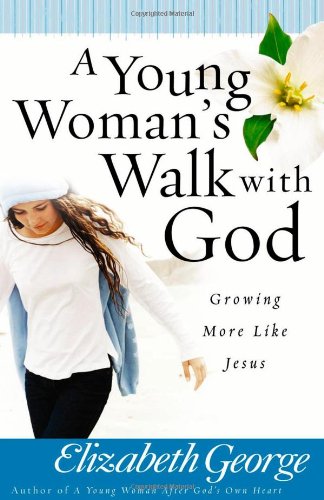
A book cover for A Young Woman's Walk with God: Growing More Like Jesus; Elizabeth George; Christian Books & Bibles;